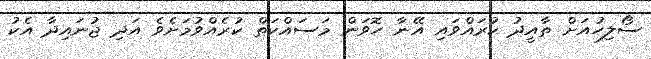
ސޯލިހުއަށް ތާއީދު ކުރައްވައި އޭނާ ހޮވަން މަސައްކަތް ކުރެއްވުމަށެވެ އަދި ޖުނައިދާ އެކު